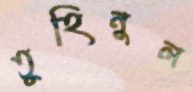
তুহিনুল